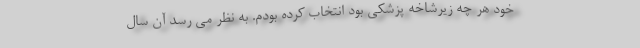
خود هر چه زیرشاخه پزشکی بود انتخاب کرده بودم. به نظر می رسد آن سال